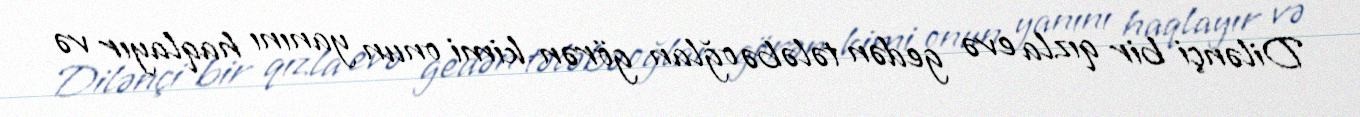
Dilənçi bir qızla evə gedən tələbə oğlan görən kimi onun yanını haqlayır və